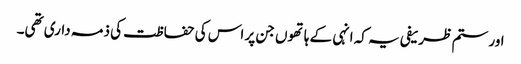
اور ستم ظریفی یہ کہ انہی کے ہاتھوں جن پر اس کی حفاظت کی ذمہ داری تھی۔